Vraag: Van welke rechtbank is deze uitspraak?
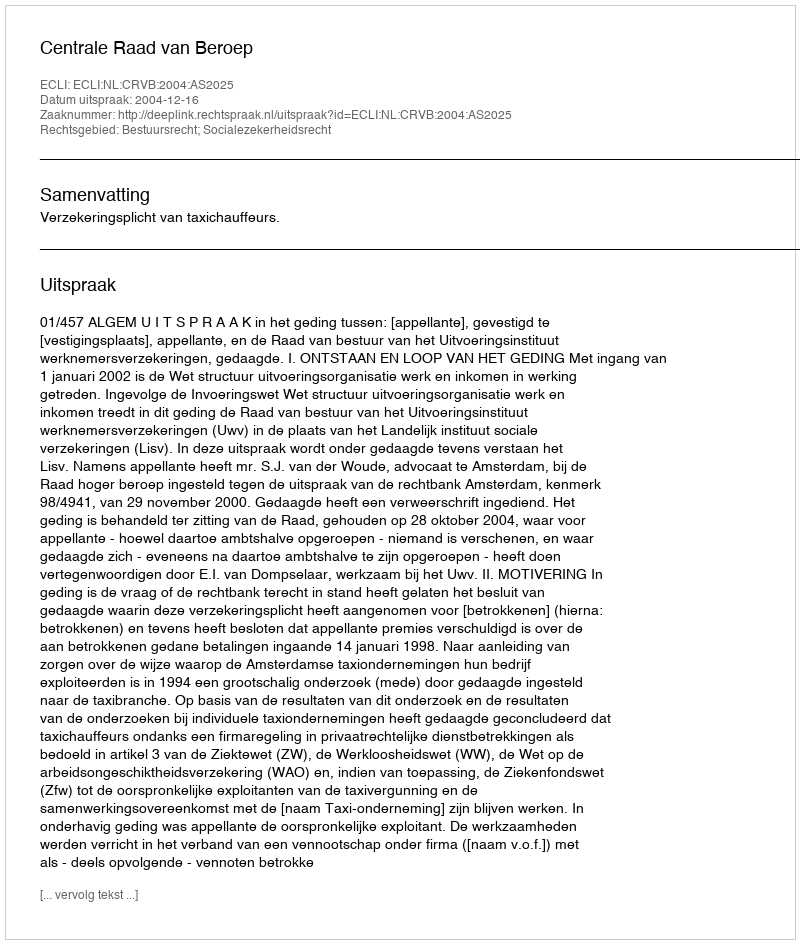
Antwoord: Centrale Raad van Beroep